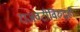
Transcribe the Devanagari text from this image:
राजवटीविरुद्धही